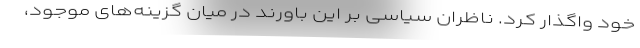
خود واگذار کرد. ناظران سیاسی بر این باورند در میان گزینه‌های موجود،